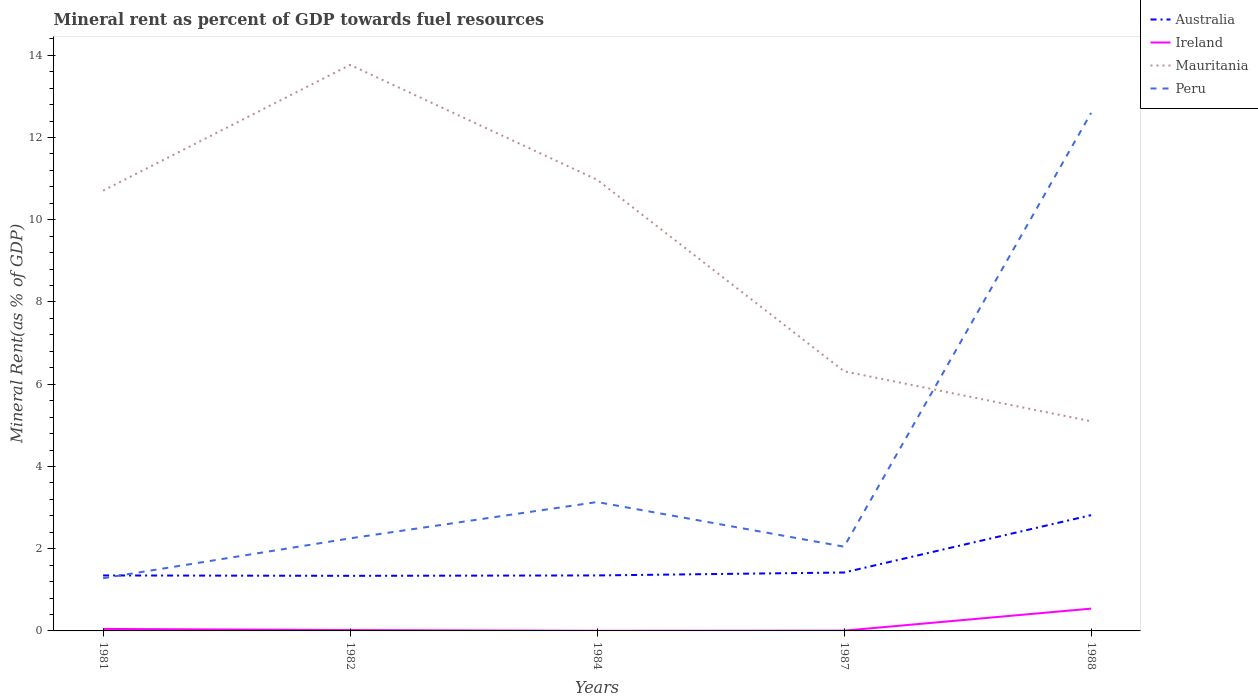
| Years | Australia | Ireland | Mauritania | Peru |
 | --- | --- | --- | --- | --- |
 | 1981 | 1.35 | 0.0486 | 10.7 | 1.28 |
 | 1982 | 1.34 | 0.0209 | 13.8 | 2.25 |
 | 1984 | 1.35 | 0.00272 | 11 | 3.13 |
 | 1987 | 1.42 | 0.00634 | 6.31 | 2.05 |
 | 1988 | 2.82 | 0.542 | 5.1 | 12.6 |